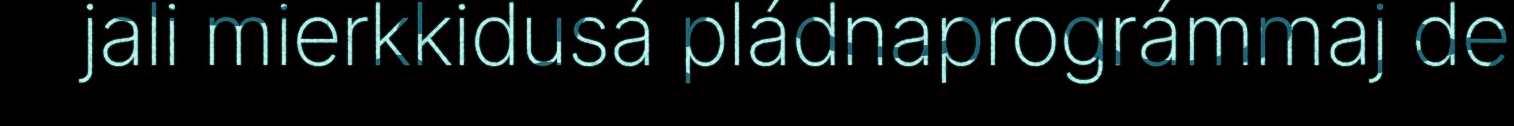
jali mierkkidusá pládnaprográmmaj de